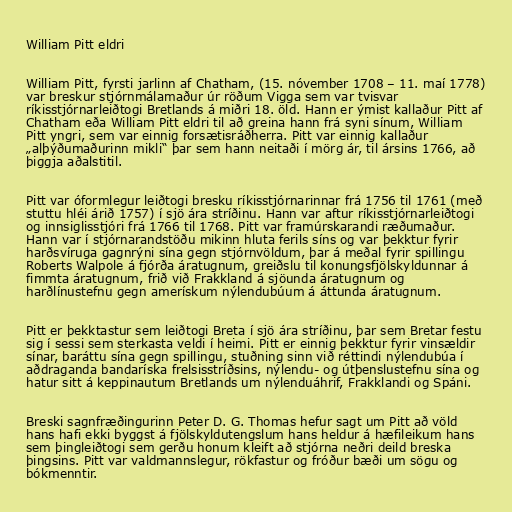
William Pitt eldri

William Pitt, fyrsti jarlinn af Chatham, (15. nóvember 1708 – 11. maí 1778)
var breskur stjórnmálamaður úr röðum Vigga sem var tvisvar
ríkisstjórnarleiðtogi Bretlands á miðri 18. öld. Hann er ýmist kallaður Pitt af
Chatham eða William Pitt eldri til að greina hann frá syni sínum, William
Pitt yngri, sem var einnig forsætisráðherra. Pitt var einnig kallaður
„alþýðumaðurinn mikli“ þar sem hann neitaði í mörg ár, til ársins 1766, að
þiggja aðalstitil.

Pitt var óformlegur leiðtogi bresku ríkisstjórnarinnar frá 1756 til 1761 (með
stuttu hléi árið 1757) í sjö ára stríðinu. Hann var aftur ríkisstjórnarleiðtogi
og innsiglisstjóri frá 1766 til 1768. Pitt var framúrskarandi ræðumaður.
Hann var í stjórnarandstöðu mikinn hluta ferils síns og var þekktur fyrir
harðsvíruga gagnrýni sína gegn stjórnvöldum, þar á meðal fyrir spillingu
Roberts Walpole á fjórða áratugnum, greiðslu til konungsfjölskyldunnar á
fimmta áratugnum, frið við Frakkland á sjöunda áratugnum og
harðlínustefnu gegn amerískum nýlendubúum á áttunda áratugnum.

Pitt er þekktastur sem leiðtogi Breta í sjö ára stríðinu, þar sem Bretar festu
sig í sessi sem sterkasta veldi í heimi. Pitt er einnig þekktur fyrir vinsældir
sínar, baráttu sína gegn spillingu, stuðning sinn við réttindi nýlendubúa í
aðdraganda bandaríska frelsisstríðsins, nýlendu- og útþenslustefnu sína og
hatur sitt á keppinautum Bretlands um nýlenduáhrif, Frakklandi og Spáni.

Breski sagnfræðingurinn Peter D. G. Thomas hefur sagt um Pitt að völd
hans hafi ekki byggst á fjölskyldutengslum hans heldur á hæfileikum hans
sem þingleiðtogi sem gerðu honum kleift að stjórna neðri deild breska
þingsins. Pitt var valdmannslegur, rökfastur og fróður bæði um sögu og
bókmenntir.